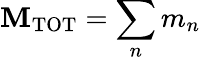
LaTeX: \mathbf{M}_{\mathrm{{TOT}}}=\sum_{n}m_{n}